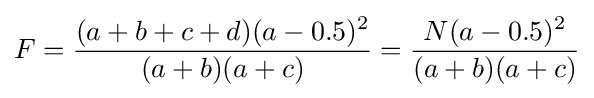
F={\frac {(a+b+c+d)(a-0.5)^{2}}{(a+b)(a+c)}}={\frac {N(a-0.5)^{2}}{(a+b)(a+c)}}